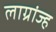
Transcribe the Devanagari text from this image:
लाग्रांज्ह